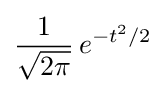
{\frac {1}{\sqrt {2\pi }}}\,e^{-t^{2}/2}